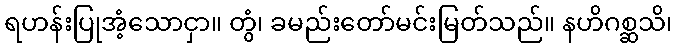
ရဟန်းပြုအံ့သောငှာ။ တွံ၊ ခမည်းတော်မင်းမြတ်သည်။ နဟိဂစ္ဆသိ၊